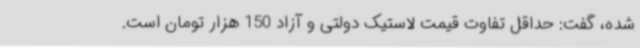
شده، گفت: حداقل تفاوت قیمت لاستیک دولتی و آزاد 150 هزار تومان است.